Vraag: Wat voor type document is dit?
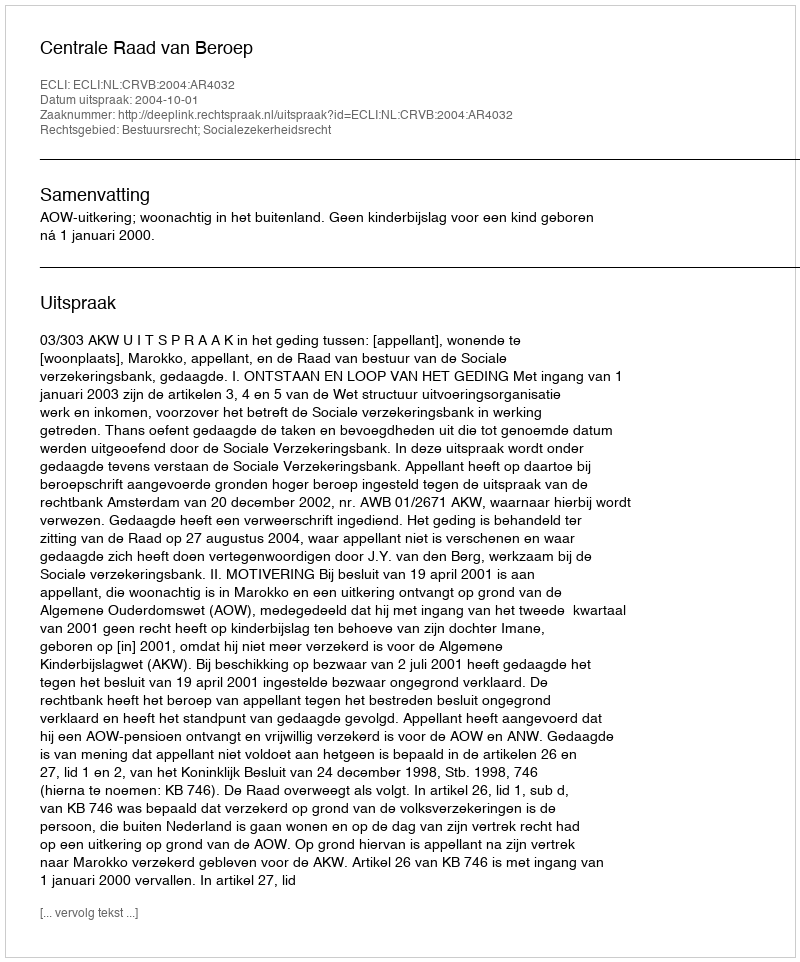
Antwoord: Uitspraak